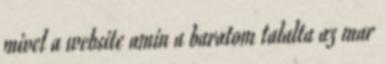
mivel a website amin a baratom talalta az mar